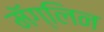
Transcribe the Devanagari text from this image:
मॅग्लिन